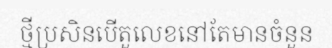
ថ្មីប្រសិនបើតួលេខនៅតែមានចំនួន